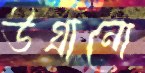
উগ্‌রানো